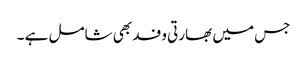
جس میں بھارتی وفد بھی شامل ہے ۔